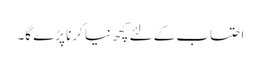
احتساب کے لئے کچھ نیا کرنا پڑے گا۔